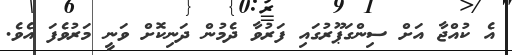
އެ ކުއްޖާ އަށް ސިންގަޕޫރުގައި ފަރުވާ ދެމުން ދަނިކޮށް ވަނީ މަރުވެފަ އެވެ.